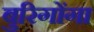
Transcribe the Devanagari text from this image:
बुरिगोंगा